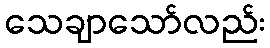
သေချာသော်လည်း